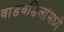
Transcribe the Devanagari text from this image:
वाडवडिलांमध्ये